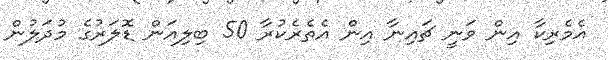
އެމެރިކާ އިން ވަނީ ޗައިނާ އިން އެތެރެކުރާ 50 ބިލިއަން ޑޮލަރުގެ މުދަލުން